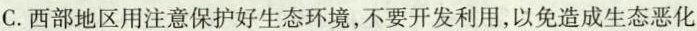
C.西部地区用注意保护好生态环境，不要开发利用，以免造成生态恶化